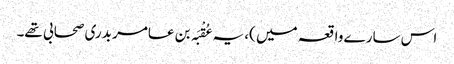
اس سارے واقعہ میں )، یہ عُقْبَہ بن عامر بدری صحابی تھے۔